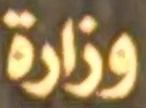
وزارة